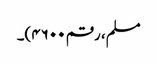
مسلم، رقم ۴۶۰۰)۔